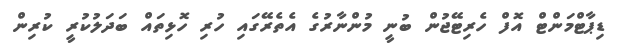
ޑިޕާޓްމަންޓް އޮފް ހެރިޓޭޖުން ބުނީ މުންނާރުގެ އެތެރޭގައި ހުރި ހޮޅިތައް ބަދަލުކުރީ ކުރިން